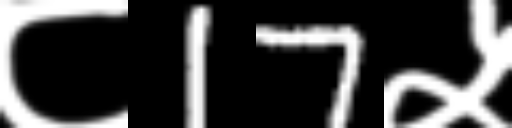
Text: ८17५